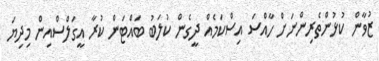
ޒުވާން ކުޅުންތެރިންނަށް ހާއްސަ އިސްކަމެއް ދީގެން ކުލަބު ބައްޓަން ކުރާ އީގަލްސްއިން މިދިޔަ